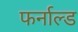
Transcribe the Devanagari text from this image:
फर्नाल्ड